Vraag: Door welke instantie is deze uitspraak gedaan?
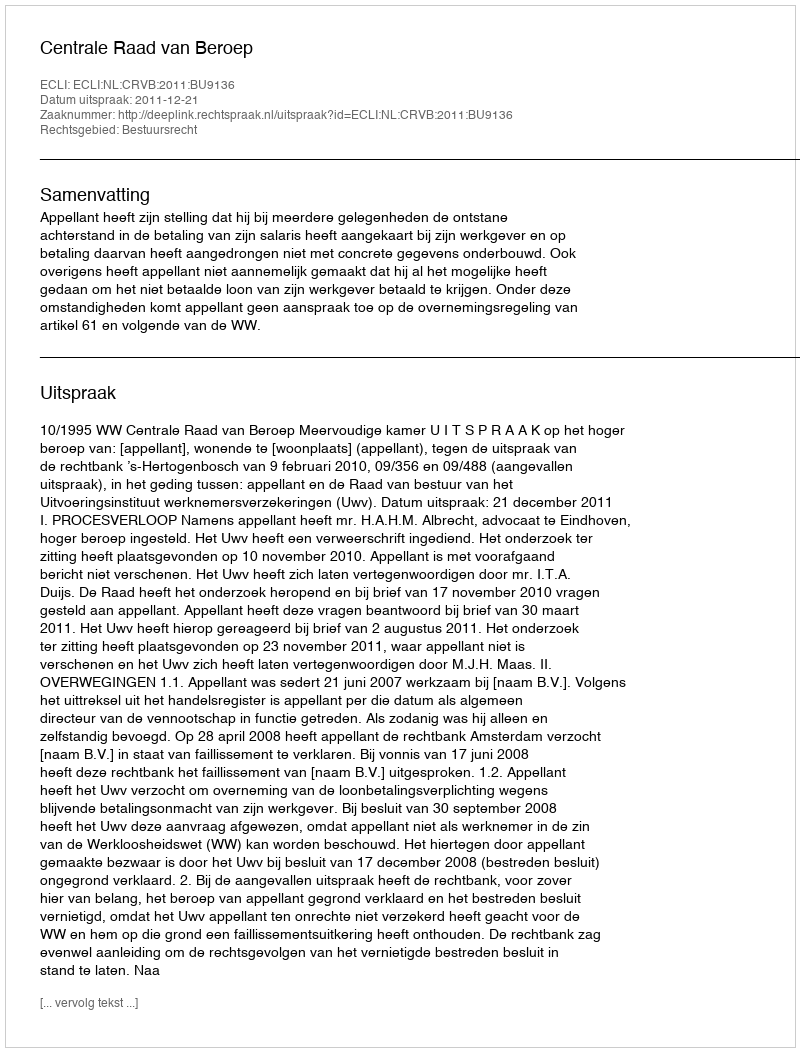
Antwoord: Centrale Raad van Beroep